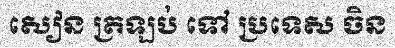
សៀន ត្រឡប់ ទៅ ប្រទេស ចិន